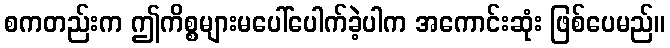
စကတည်းက ဤကိစ္စများမပေါ်ပေါက်ခဲ့ပါက အကောင်းဆုံး ဖြစ်ပေမည်။